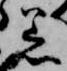
着